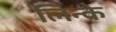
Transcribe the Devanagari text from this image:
लिन्के